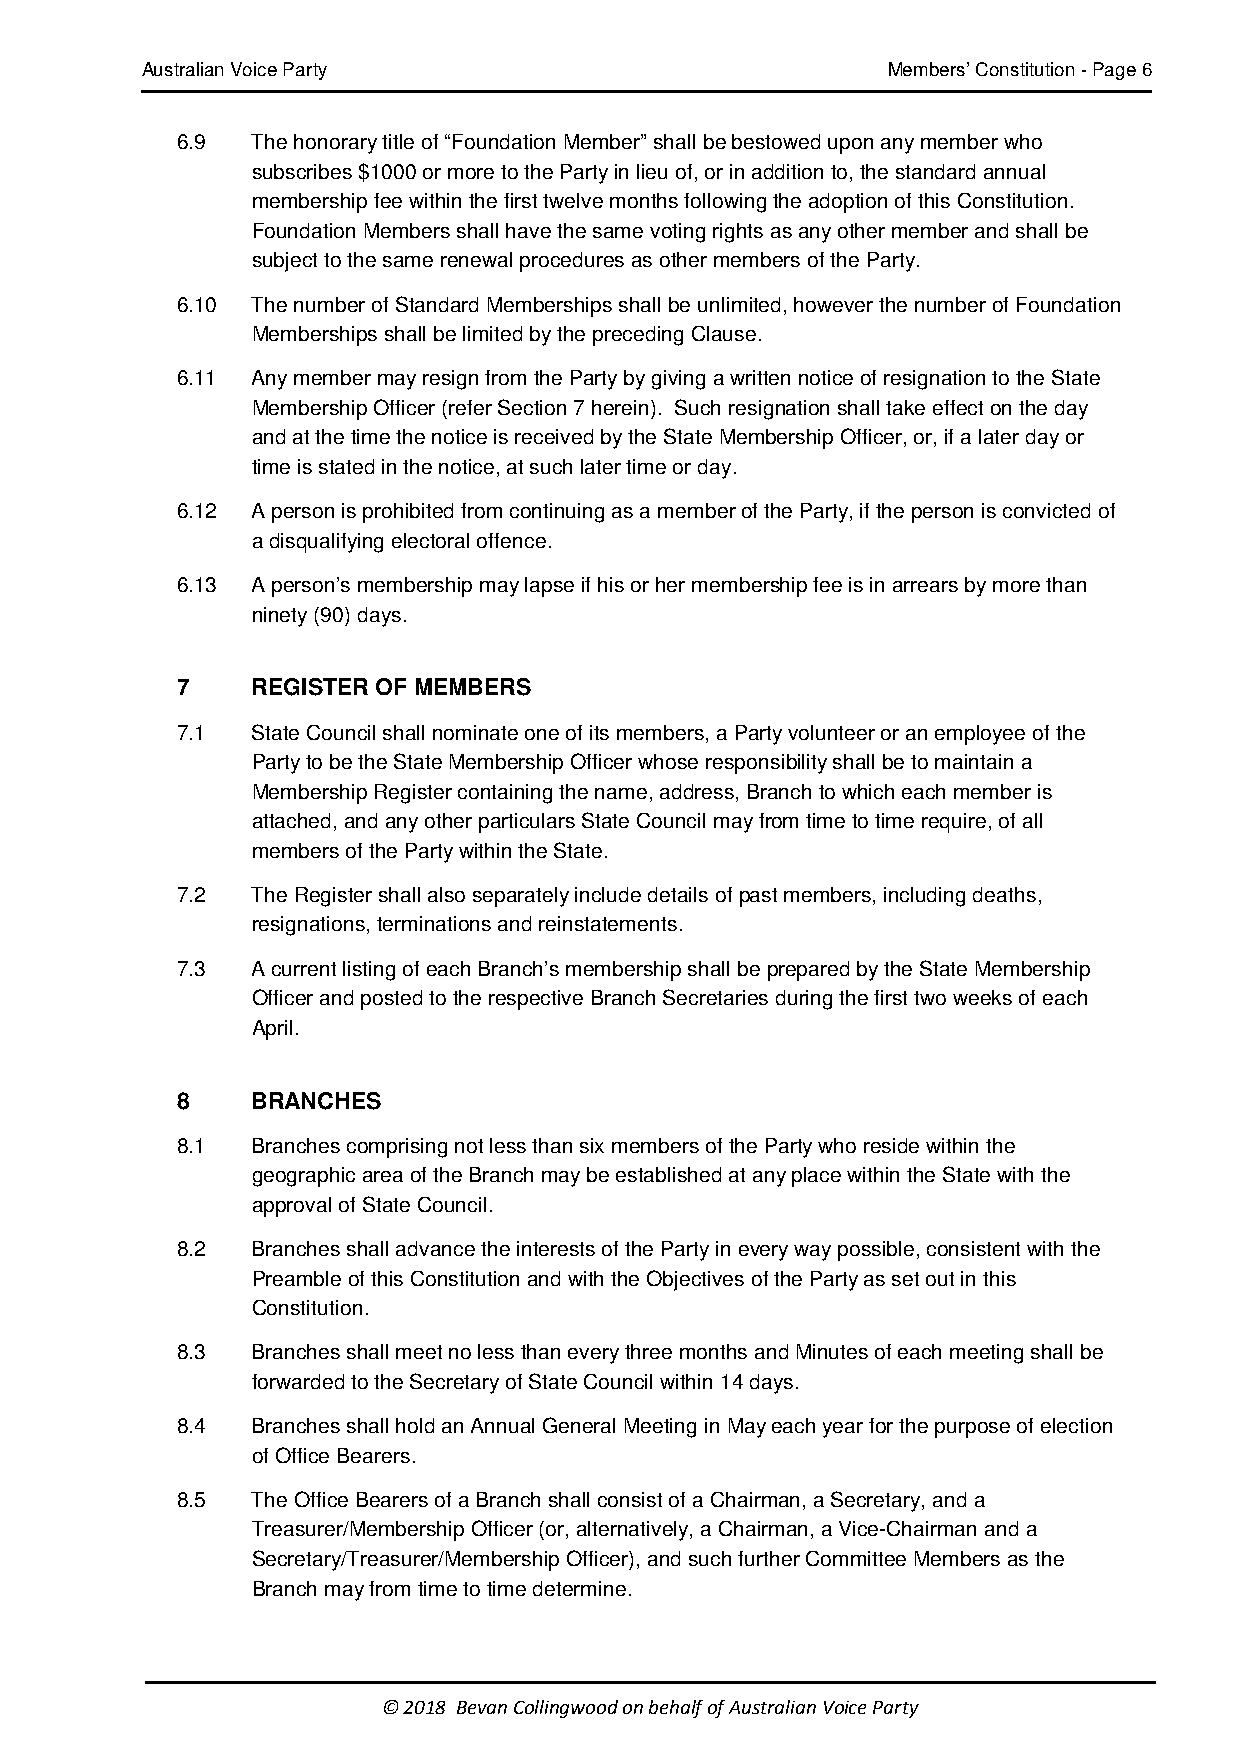
Australian Voice Party                            Members’ Constitution - Page 6
 6.9  The honorary title of “Foundation Member” shall be bestowed upon any member who
 subscribes $1000 or more to the Party in lieu of, or in addition to, the standard annual
 membership fee within the first twelve months following the adoption of this Constitution.
 Foundation Members shall have the same voting rights as any other member and shall be
 subject to the same renewal procedures as other members of the Party.
 6.10 The number of Standard Memberships shall be unlimited, however the number of Foundation
 Memberships shall be limited by the preceding Clause.
 6.11 Any member may resign from the Party by giving a written notice of resignation to the State
 Membership Officer (refer Section 7 herein). Such resignation shall take effect on the day
 and at the time the notice is received by the State Membership Officer, or, if a later day or
 time is stated in the notice, at such later time or day.
 6.12 A person is prohibited from continuing as a member of the Party, if the person is convicted of
 a disqualifying electoral offence.
 6.13 A person’s membership may lapse if his or her membership fee is in arrears by more than
 ninety (90) days.
 7    REGISTER OF MEMBERS
 7.1  State Council shall nominate one of its members, a Party volunteer or an employee of the
 Party to be the State Membership Officer whose responsibility shall be to maintain a
 Membership Register containing the name, address, Branch to which each member is
 attached, and any other particulars State Council may from time to time require, of all
 members of the Party within the State.
 7.2  The Register shall also separately include details of past members, including deaths,
 resignations, terminations and reinstatements.
 7.3  A current listing of each Branch’s membership shall be prepared by the State Membership
 Officer and posted to the respective Branch Secretaries during the first two weeks of each
 April.
 8    BRANCHES
 8.1  Branches comprising not less than six members of the Party who reside within the
 geographic area of the Branch may be established at any place within the State with the
 approval of State Council.
 8.2  Branches shall advance the interests of the Party in every way possible, consistent with the
 Preamble of this Constitution and with the Objectives of the Party as set out in this
 Constitution.
 8.3  Branches shall meet no less than every three months and Minutes of each meeting shall be
 forwarded to the Secretary of State Council within 14 days.
 8.4  Branches shall hold an Annual General Meeting in May each year for the purpose of election
 of Office Bearers.
 8.5  The Office Bearers of a Branch shall consist of a Chairman, a Secretary, and a
 Treasurer/Membership Officer (or, alternatively, a Chairman, a Vice-Chairman and a
 Secretary/Treasurer/Membership Officer), and such further Committee Members as the
 Branch may from time to time determine.
 © 2018 Bevan Collingwood on behalf of Australian Voice Party